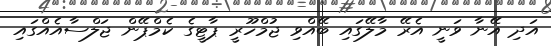
އަދި އޭނާ ވަނީ އެރޭ މާލޭގައި ބޭއްވި ޖުމްހޫރީ ޕާޓީގެ ކެމްޕޭން ޖަލްސާއެއްގައި